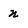
Character: n